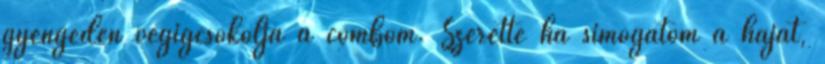
gyengéden végigcsókolja a combom. Szerette ha simogatom a haját,